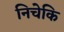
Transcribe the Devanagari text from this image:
निचेकि